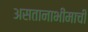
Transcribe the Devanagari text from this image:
असतानाभीमाची